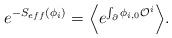
LaTeX: \begin{align*}e^{-S_{eff}(\phi_i)} = \Bigl\langle e^{\int_{\partial} \phi_{i,0} {\cal O}^i}\Bigr\rangle.\end{align*}